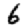
Digit: 6